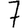
Digit: 7